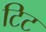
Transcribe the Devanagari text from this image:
टिट